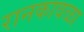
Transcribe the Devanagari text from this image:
रानकावळा